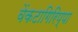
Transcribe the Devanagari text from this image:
वेंकटागिरिप्पा